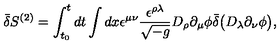
\bar { \delta } S ^ { ( 2 ) } = \int _ { t _ { 0 } } ^ { t } d t \int d x \epsilon ^ { \mu \nu } \frac { \epsilon ^ { \rho \lambda } } { \sqrt { - g } } D _ { \rho } \partial _ { \mu } \phi \bar { \delta } \bigl ( D _ { \lambda } \partial _ { \nu } \phi \bigr ) ,